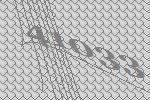
41033